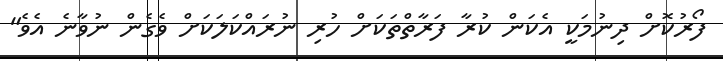
ފޯރުކޮށް ދިނުމަކީ އެކަން ކުރާ ފަރާތްތަކަށް ހުރި ނުރައްކަލަކަށް ވެގެން ނުވާނެ އެވެ"